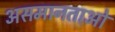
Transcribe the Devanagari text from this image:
असमानताओ